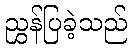
ညွှန်ပြခဲ့သည်